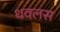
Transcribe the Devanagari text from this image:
धवलस